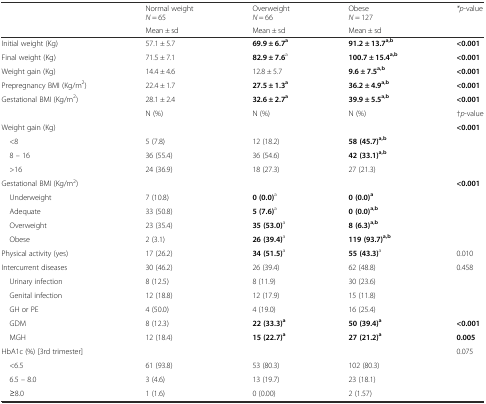
<table><thead><tr><td rowspan="2"></td><td><b>Normal weight<i>N</i> = 65</b></td><td><b>Overweight<i>N</i> = 66</b></td><td><b>Obese<i>N</i> = 127</b></td><td rowspan="2"><b><i>*p</i>-value</b></td></tr><tr><td><b>Mean ± sd</b></td><td><b>Mean ± sd</b></td><td><b>Mean ± sd</b></td></tr></thead><tbody><tr><td>Initial weight (Kg)</td><td>57.1 ± 5.7</td><td><b>69.9 ± 6.7</b><sup><b>a</b></sup></td><td><b>91.2 ± 13.7</b><sup><b>a,b</b></sup></td><td><b>&lt;0.001</b></td></tr><tr><td>Final weight (Kg)</td><td>71.5 ± 7.1</td><td><b>82.9 ± 7.6</b><sup>a</sup></td><td><b>100.7 ± 15.4</b><sup><b>a,b</b></sup></td><td><b>&lt;0.001</b></td></tr><tr><td>Weight gain (Kg)</td><td>14.4 ± 4.6</td><td>12.8 ± 5.7</td><td><b>9.6 ± 7.5</b><sup><b>a,b</b></sup></td><td><b>&lt;0.001</b></td></tr><tr><td>Prepregnancy BMI (Kg/m<sup>2</sup>)</td><td>22.4 ± 1.7</td><td><b>27.5 ± 1.3</b><sup><b>a</b></sup></td><td><b>36.2 ± 4.9</b><sup><b>a,b</b></sup></td><td><b>&lt;0.001</b></td></tr><tr><td>Gestational BMI (Kg/m<sup>2</sup>)</td><td>28.1 ± 2.4</td><td><b>32.6 ± 2.7</b><sup><b>a</b></sup></td><td><b>39.9 ± 5.5</b><sup><b>a,b</b></sup></td><td><b>&lt;0.001</b></td></tr><tr><td></td><td>N (%)</td><td>N (%)</td><td>N (%)</td><td>†<i>p</i>-value</td></tr><tr><td colspan="4">Weight gain (Kg)</td><td rowspan="4"><b>&lt;0.001</b></td></tr><tr><td> &lt;8</td><td>5 (7.8)</td><td>12 (18.2)</td><td><b>58 (45.7)</b><sup><b>a,b</b></sup></td></tr><tr><td> 8 – 16</td><td>36 (55.4)</td><td>36 (54.6)</td><td><b>42 (33.1)</b><sup><b>a,b</b></sup></td></tr><tr><td> &gt;16</td><td>24 (36.9)</td><td>18 (27.3)</td><td>27 (21.3)</td></tr><tr><td colspan="4">Gestational BMI (Kg/m<sup>2</sup>)</td><td rowspan="5"><b>&lt;0.001</b></td></tr><tr><td> Underweight</td><td>7 (10.8)</td><td><b>0 (0.0)</b><sup>a</sup></td><td><b>0 (0.0)</b><sup><b>a</b></sup></td></tr><tr><td> Adequate</td><td>33 (50.8)</td><td><b>5 (7.6)</b><sup>a</sup></td><td><b>0 (0.0)</b><sup><b>a,b</b></sup></td></tr><tr><td> Overweight</td><td>23 (35.4)</td><td><b>35 (53.0)</b><sup>a</sup></td><td><b>8 (6.3)</b><sup><b>a,b</b></sup></td></tr><tr><td> Obese</td><td>2 (3.1)</td><td><b>26 (39.4)</b><sup>a</sup></td><td><b>119 (93.7)</b><sup><b>a,b</b></sup></td></tr><tr><td>Physical activity (yes)</td><td>17 (26.2)</td><td><b>34 (51.5)</b><sup>a</sup></td><td><b>55 (43.3)</b><sup>a</sup></td><td>0.010</td></tr><tr><td>Intercurrent diseases</td><td>30 (46.2)</td><td>26 (39.4)</td><td>62 (48.8)</td><td rowspan="4">0.458</td></tr><tr><td> Urinary infection</td><td>8 (12.5)</td><td>8 (11.9)</td><td>30 (23.6)</td></tr><tr><td> Genital infection</td><td>12 (18.8)</td><td>12 (17.9)</td><td>15 (11.8)</td></tr><tr><td> GH or PE</td><td>4 (50.0)</td><td>4 (19.0)</td><td>16 (25.4)</td></tr><tr><td> GDM</td><td>8 (12.3)</td><td><b>22 (33.3)</b><sup><b>a</b></sup></td><td><b>50 (39.4)</b><sup><b>a</b></sup></td><td><b>&lt;0.001</b></td></tr><tr><td> MGH</td><td>12 (18.4)</td><td><b>15 (22.7)</b><sup><b>a</b></sup></td><td><b>27 (21.2)</b><sup><b>a</b></sup></td><td><b>0.005</b></td></tr><tr><td colspan="4">HbA1c (%) [3rd trimester]</td><td rowspan="4">0.075</td></tr><tr><td> &lt;6.5</td><td>61 (93.8)</td><td>53 (80.3)</td><td>102 (80.3)</td></tr><tr><td> 6.5 – 8.0</td><td>3 (4.6)</td><td>13 (19.7)</td><td>23 (18.1)</td></tr><tr><td> ≥8.0</td><td>1 (1.6)</td><td>0 (0.00)</td><td>2 (1.57)</td></tr></tbody></table>